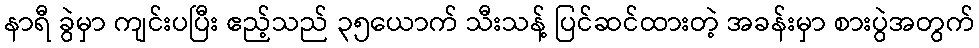
နာရီ ခွဲမှာ ကျင်းပပြီး ဧည့်သည် ၃၅ယောက် သီးသန့် ပြင်ဆင်ထားတဲ့ အခန်းမှာ စားပွဲအတွက်